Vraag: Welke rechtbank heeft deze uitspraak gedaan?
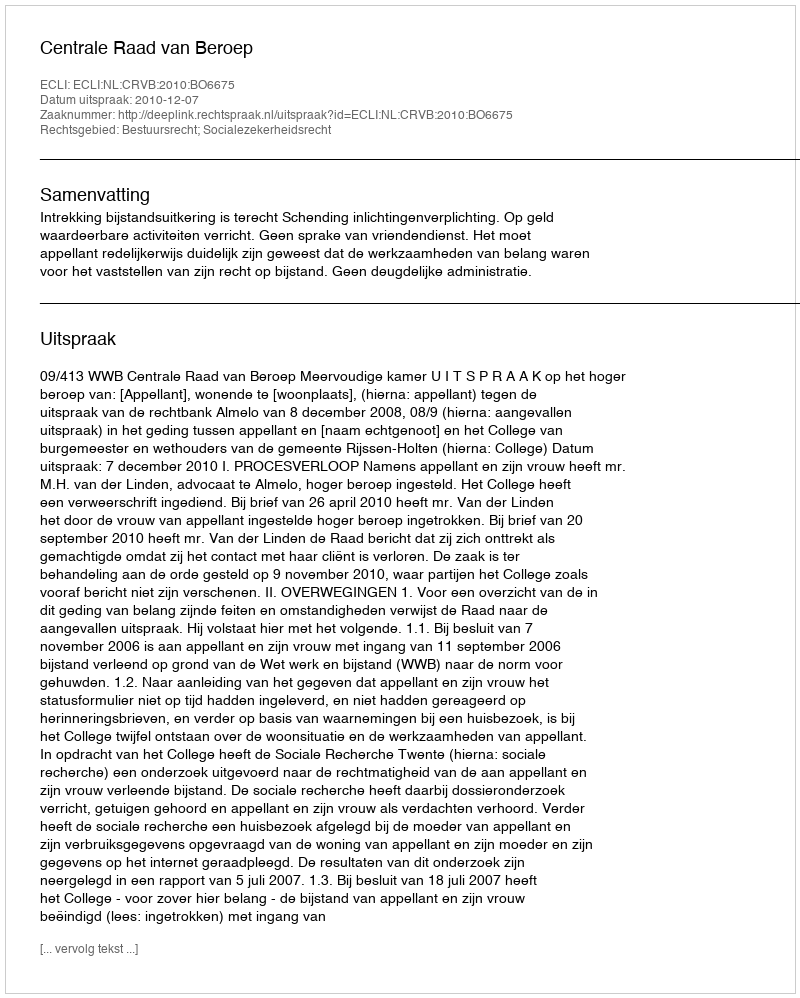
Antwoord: Centrale Raad van Beroep